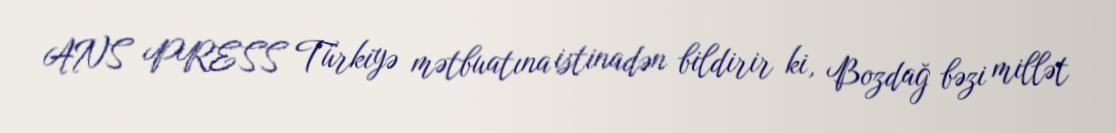
ANS PRESS Türkiyə mətbuatına istinadən bildirir ki, Bozdağ bəzi millət